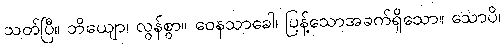
သတ်ပြီ။ ဘိယျော၊ လွန်စွာ။ ဝေနသာခေါ၊ ပြန့်သောအခက်ရှိသော။ သောပိ၊